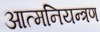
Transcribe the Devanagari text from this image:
आत्मनियन्त्रण